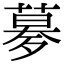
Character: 㱳